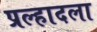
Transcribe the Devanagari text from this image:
प्रल्हादला